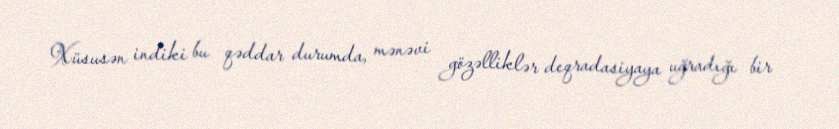
Xüsusən indiki bu qəddar durumda, mənəvi gözəlliklər deqradasiyaya uğradığı bir